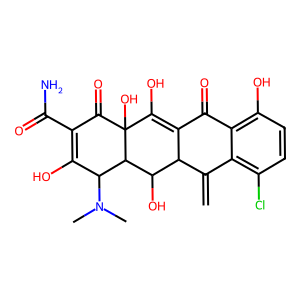
SMILES: C=C1c2c(Cl)ccc(O)c2C(=O)C2=C(O)C3(O)C(=O)C(C(N)=O)=C(O)C(N(C)C)C3C(O)C12
Inhibits HIV replication: No